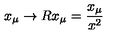
x _ { \mu } \to R x _ { \mu } = \frac { x _ { \mu } } { x ^ { 2 } }